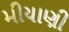
મીયાણી